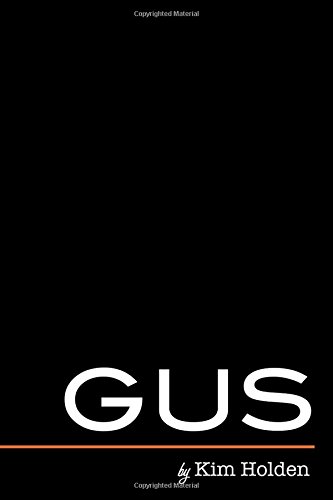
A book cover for Gus; Kim Holden; Romance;